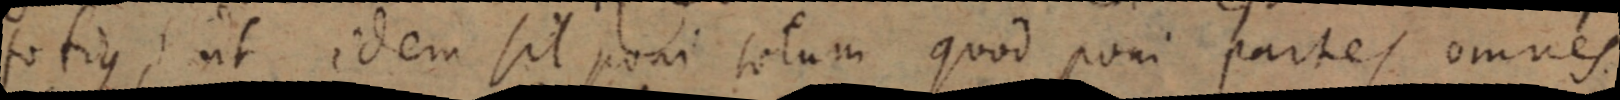
totius, ut idem sit poni totum quod poni partes omnes